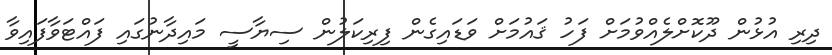
ދިރި އުޅުން ދޫކޮށްލެއްވުމަށް ފަހު ޤައުމަށް ވަޑައިގެން ފިރިކަލުން ސިޔާސީ މައިދާނުގައި ފައްޓަވާފައިވާ